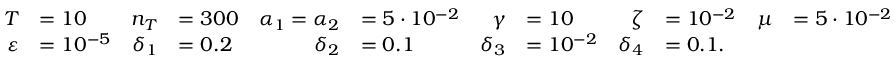
\begin{array} { r l r l r l r l r l r l } { T } & { = 1 0 } & { n _ { T } } & { = 3 0 0 } & { \alpha _ { 1 } = \alpha _ { 2 } } & { = 5 \cdot 1 0 ^ { - 2 } } & { \gamma } & { = 1 0 } & { \zeta } & { = 1 0 ^ { - 2 } } & { \mu } & { = 5 \cdot 1 0 ^ { - 2 } } \\ { \varepsilon } & { = 1 0 ^ { - 5 } } & { \delta _ { 1 } } & { = 0 . 2 } & { \delta _ { 2 } } & { = 0 . 1 } & { \delta _ { 3 } } & { = 1 0 ^ { - 2 } } & { \delta _ { 4 } } & { = 0 . 1 . } \end{array}